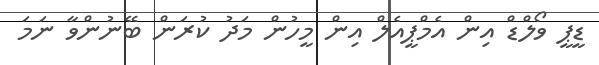
ޑީޕީ ވޯލްޑް އިން އެމްޕީއެލް އިން މީހުން މަދު ކުރަން ބޭނުންވާ ނަމަ